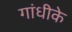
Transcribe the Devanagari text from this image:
गांधीके